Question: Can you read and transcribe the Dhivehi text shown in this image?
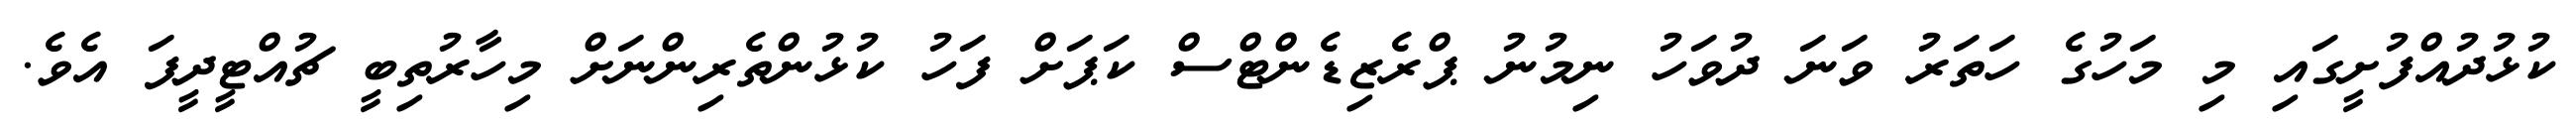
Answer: ކުޅުދުއްފުށީގައި މި މަހުގެ ހަތަރު ވަނަ ދުވަހު ނިމުނު ޕްރެޒިޑެންޓްސް ކަޕަށް ފަހު ކުޅުންތެރިންނަށް މިހާރުތިބީ ޗުއްޓީދީފަ އެވެ.